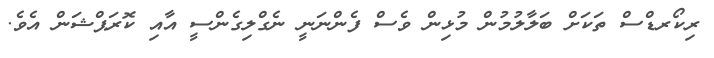
ރިކޯރޑްސް ތަކަށް ބަލާލުމުން މުޅިން ވެސް ފެންނަނީ ނެގްލިގެންސީ އާއި ކޮރަޕްޝަން އެވެ.